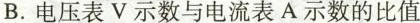
B.电压表V示数与电流表A示数的比值